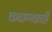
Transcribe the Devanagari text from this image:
कळण्याची